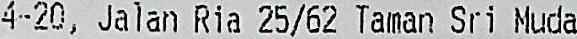
4-20, JALAN RIA 25/62 TAMAN SRI MUDA